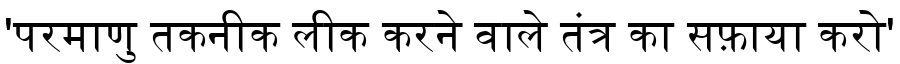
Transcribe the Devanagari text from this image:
'परमाणु तकनीक लीक करने वाले तंत्र का सफ़ाया करो'